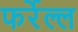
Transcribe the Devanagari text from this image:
फर्रेल्ल